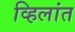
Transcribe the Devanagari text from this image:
व्हिलांत